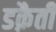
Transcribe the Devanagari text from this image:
डक़ैती